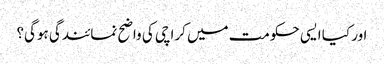
اور کیا ایسی حکومت میں کراچی کی واضح نمائندگی ہوگی؟